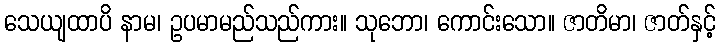
သေယျထာပိ နာမ၊ ဥပမာမည်သည်ကား။ သုဘော၊ ကောင်းသော။ ဇာတိမာ၊ ဇာတ်နှင့်